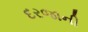
દરજાની